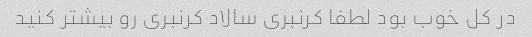
در کل خوب بود لطفا کرنبری سالاد کرنبری رو بیشتر کنید